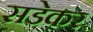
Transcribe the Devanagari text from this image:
सडेकर